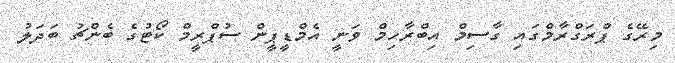
މިރޭގެ ޕްރަގްރާމްގައި ގާސިމް އިބްރާހިމް ވަނީ އެމްޑީޕީން ސުޕްރީމް ކޯޓުގެ ބެންޗު ބަދަލު